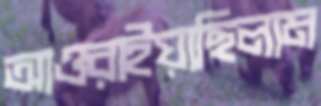
আওরাইয়াছিলাম